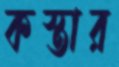
কস্তার